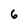
Character: 6